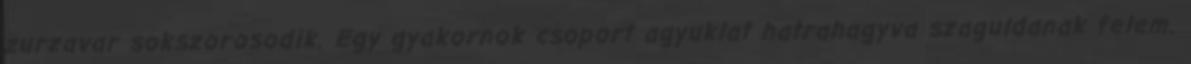
zurzavar sokszorosodik. Egy gyakornok csoport agyuklat hatrahagyva szaguldanak felem.